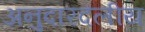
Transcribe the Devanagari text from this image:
अनुदारदलीय